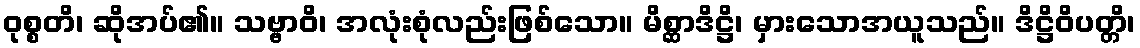
ဝုစ္စတိ၊ ဆိုအပ်၏။ သဗ္ဗာဝိ၊ အလုံးစုံလည်းဖြစ်သော။ မိစ္ဆာဒိဋ္ဌိ၊ မှားသောအယူသည်။ ဒိဋ္ဌိဝိပတ္တိ၊